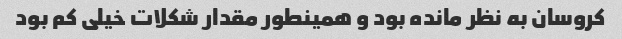
کروسان به نظر مانده بود و همینطور مقدار شکلات خیلی کم بود